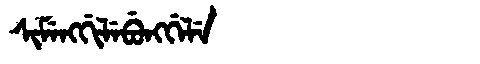
Manchu: ᠰᡳᠮᡝᠩᡤᡳᠯᡝᠪᡠᠩᡤᡝᠯᡝ
Romanization: SIMENGGILEBUNGGELE